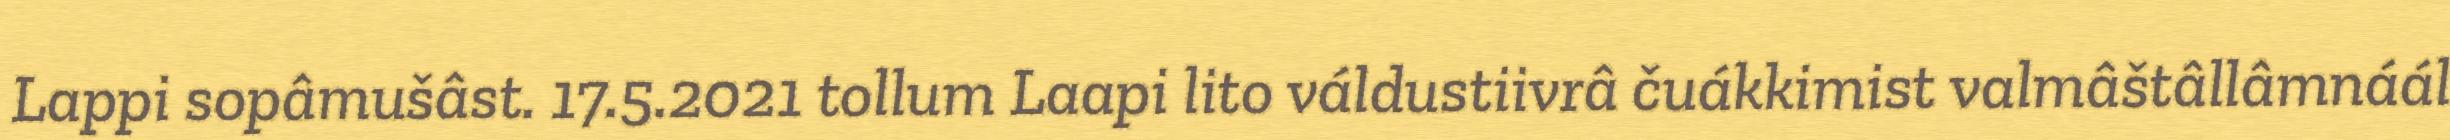
Lappi sopâmušâst. 17.5.2021 tollum Laapi lito váldustiivrâ čuákkimist valmâštâllâmnáál